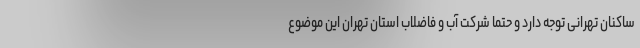
ساکنان تهرانی توجه دارد و حتماً شرکت آب و فاضلاب استان تهران این موضوع